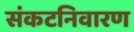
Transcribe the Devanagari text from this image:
संकटनिवारण